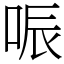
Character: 㖘